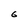
Character: 6